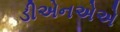
ડીએનએએ